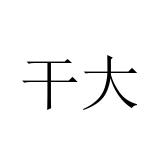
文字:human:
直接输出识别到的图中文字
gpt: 干大